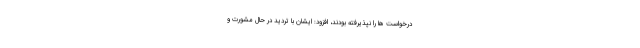
درخواست ها را نپذیرفته بودند، افزود: ایشان با تردید در حال مشورت و